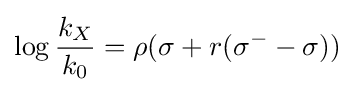
\log {\frac {k_{X}}{k_{0}}}=\rho (\sigma +r(\sigma ^{-}-\sigma ))